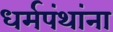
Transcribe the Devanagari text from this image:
धर्मपंथांना